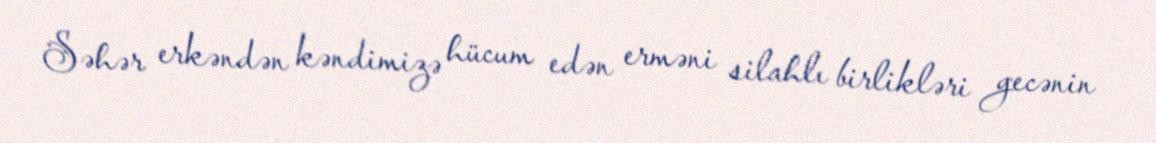
Səhər erkəndən kəndimizə hücum edən erməni silahlı birlikləri gecənin